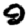
Digit: 9